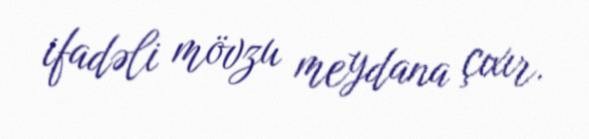
ifadəli mövzu meydana çıxır.